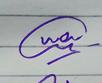
Signature authenticity: genuine